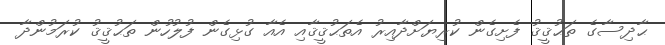
ޙާދިސާގެ ތަޙުޤީޤު ފެށިގެން ކުރިޔަށްދާއިރު އެތަޙުޤީޤާއި އެއާ ގުޅިގެން ފުލުހުން ތަޙުޤީޤު ކުރަމުންދާ